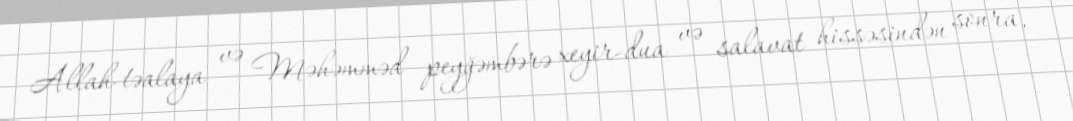
Allah-təalaya və Məhəmməd peyğəmbərə xeyir-dua və salavat hissəsindən sonra,